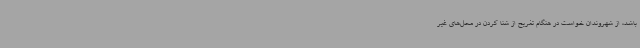
باشد، از شهروندان خواست در هنگام تفریح از شنا کردن در محل‌های غیر